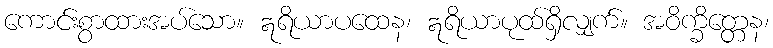
ကောင်းစွာထားအပ်သော။ ဣရိယာပထေန၊ ဣရိယာပုထ်ရှိလျှက်။ အဝိက္ခိတ္တေန၊